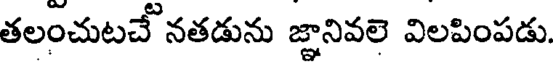
తలంచుటచే నతడును జ్ఞానివలె విలపింపడు.